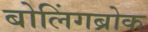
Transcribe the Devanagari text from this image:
बोलिंगब्रोक